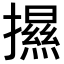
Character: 𢷑